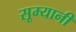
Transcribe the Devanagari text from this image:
सूम्‍यानी